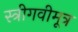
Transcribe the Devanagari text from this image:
स्त्रीगवीमूत्र